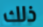
ذلك